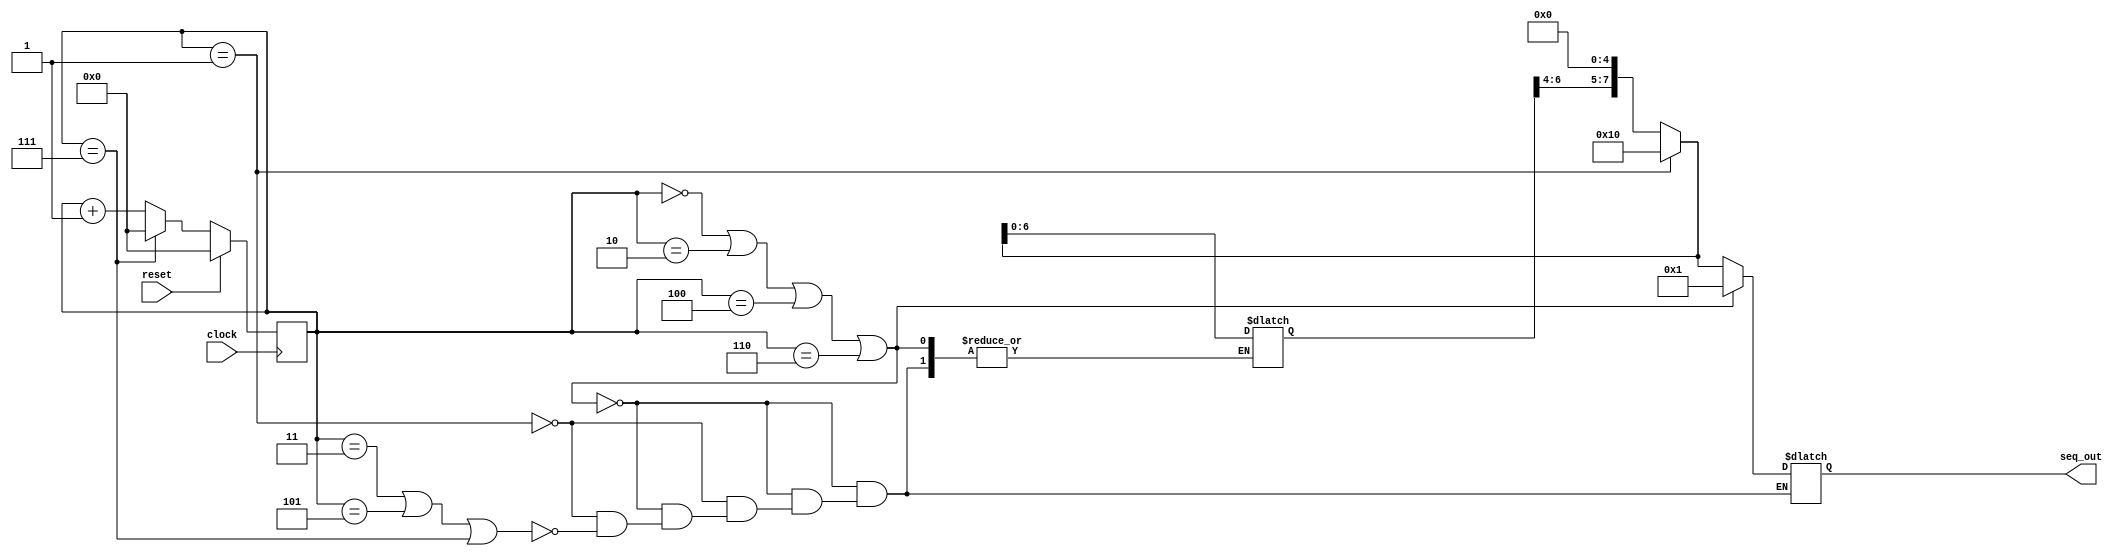
// Code your design here
module pattern_gen(
      input clock, 
      input reset, 
	  output [7:0] seq_out
	  );
  reg [7:0] seq_tmp,seq_in;
reg [3:0]count;

always@(posedge clock)
begin
if (reset)
count = 0;
else if(count == 7)
count =0;
else
count = count+1;
end


always@(*)
begin
  if(count== 1'b0 || count==3'b010 || count==3'b100 || count==3'b110) 
seq_in=8'h01;//8 600000001
  else if(count == 1'b1)
begin
seq_tmp=8'h10;
  seq_in=seq_tmp;
end

  else if(count==3'b011 || count==3'b101 || count==3'b111)
begin
seq_tmp[3:0]=4'h0;
seq_tmp[7:4]=seq_tmp[7:4] << 1;
  seq_in=seq_tmp;
  
end
 
end

assign seq_out=seq_in;

endmodule